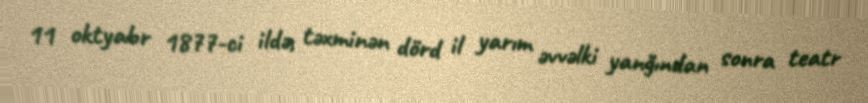
11 oktyabr 1877-ci ildə, təxminən dörd il yarım əvvəlki yanğından sonra teatr